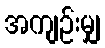
အကျဉ်းမျှ